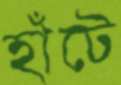
হাঁটে